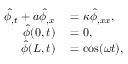
\begin{array} { r l } { \hat { \phi } _ { , t } + a \hat { \phi } _ { , x } } & { { } = \kappa \hat { \phi } _ { , x x } , } \\ { \hat { \phi } ( 0 , t ) } & { { } = 0 , } \\ { \hat { \phi } ( L , t ) } & { { } = \cos ( \omega t ) , } \end{array}